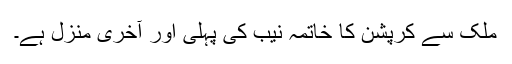
ملک سے کرپشن کا خاتمہ نیب کی پہلی اور آخری منزل ہے۔